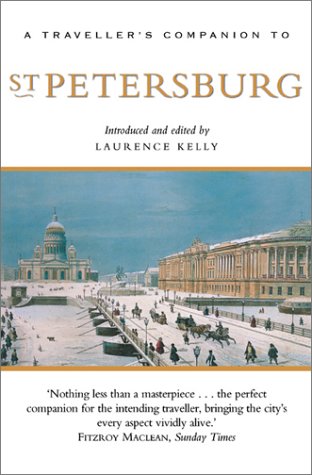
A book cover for A Traveller's Companion to St. Petersburg; Travel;